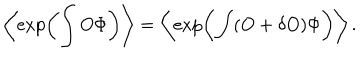
LaTeX: \left\langle \exp \left( \int O \Phi \right) \right\rangle = \left\langle \exp \left( \int ( O + \delta O ) \Phi \right) \right\rangle .